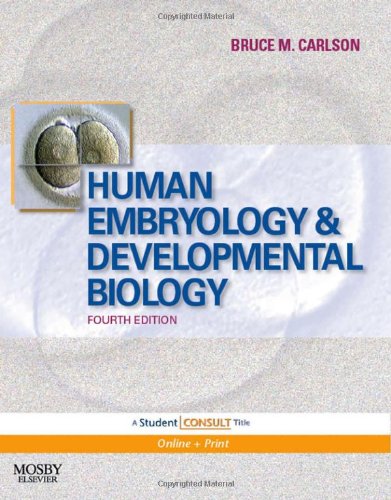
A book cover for Human Embryology and Developmental Biology: With STUDENT CONSULT Online Access, 4e; Bruce M. Carlson MD  PhD; Medical Books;